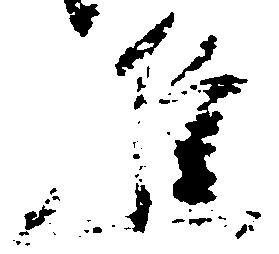
進